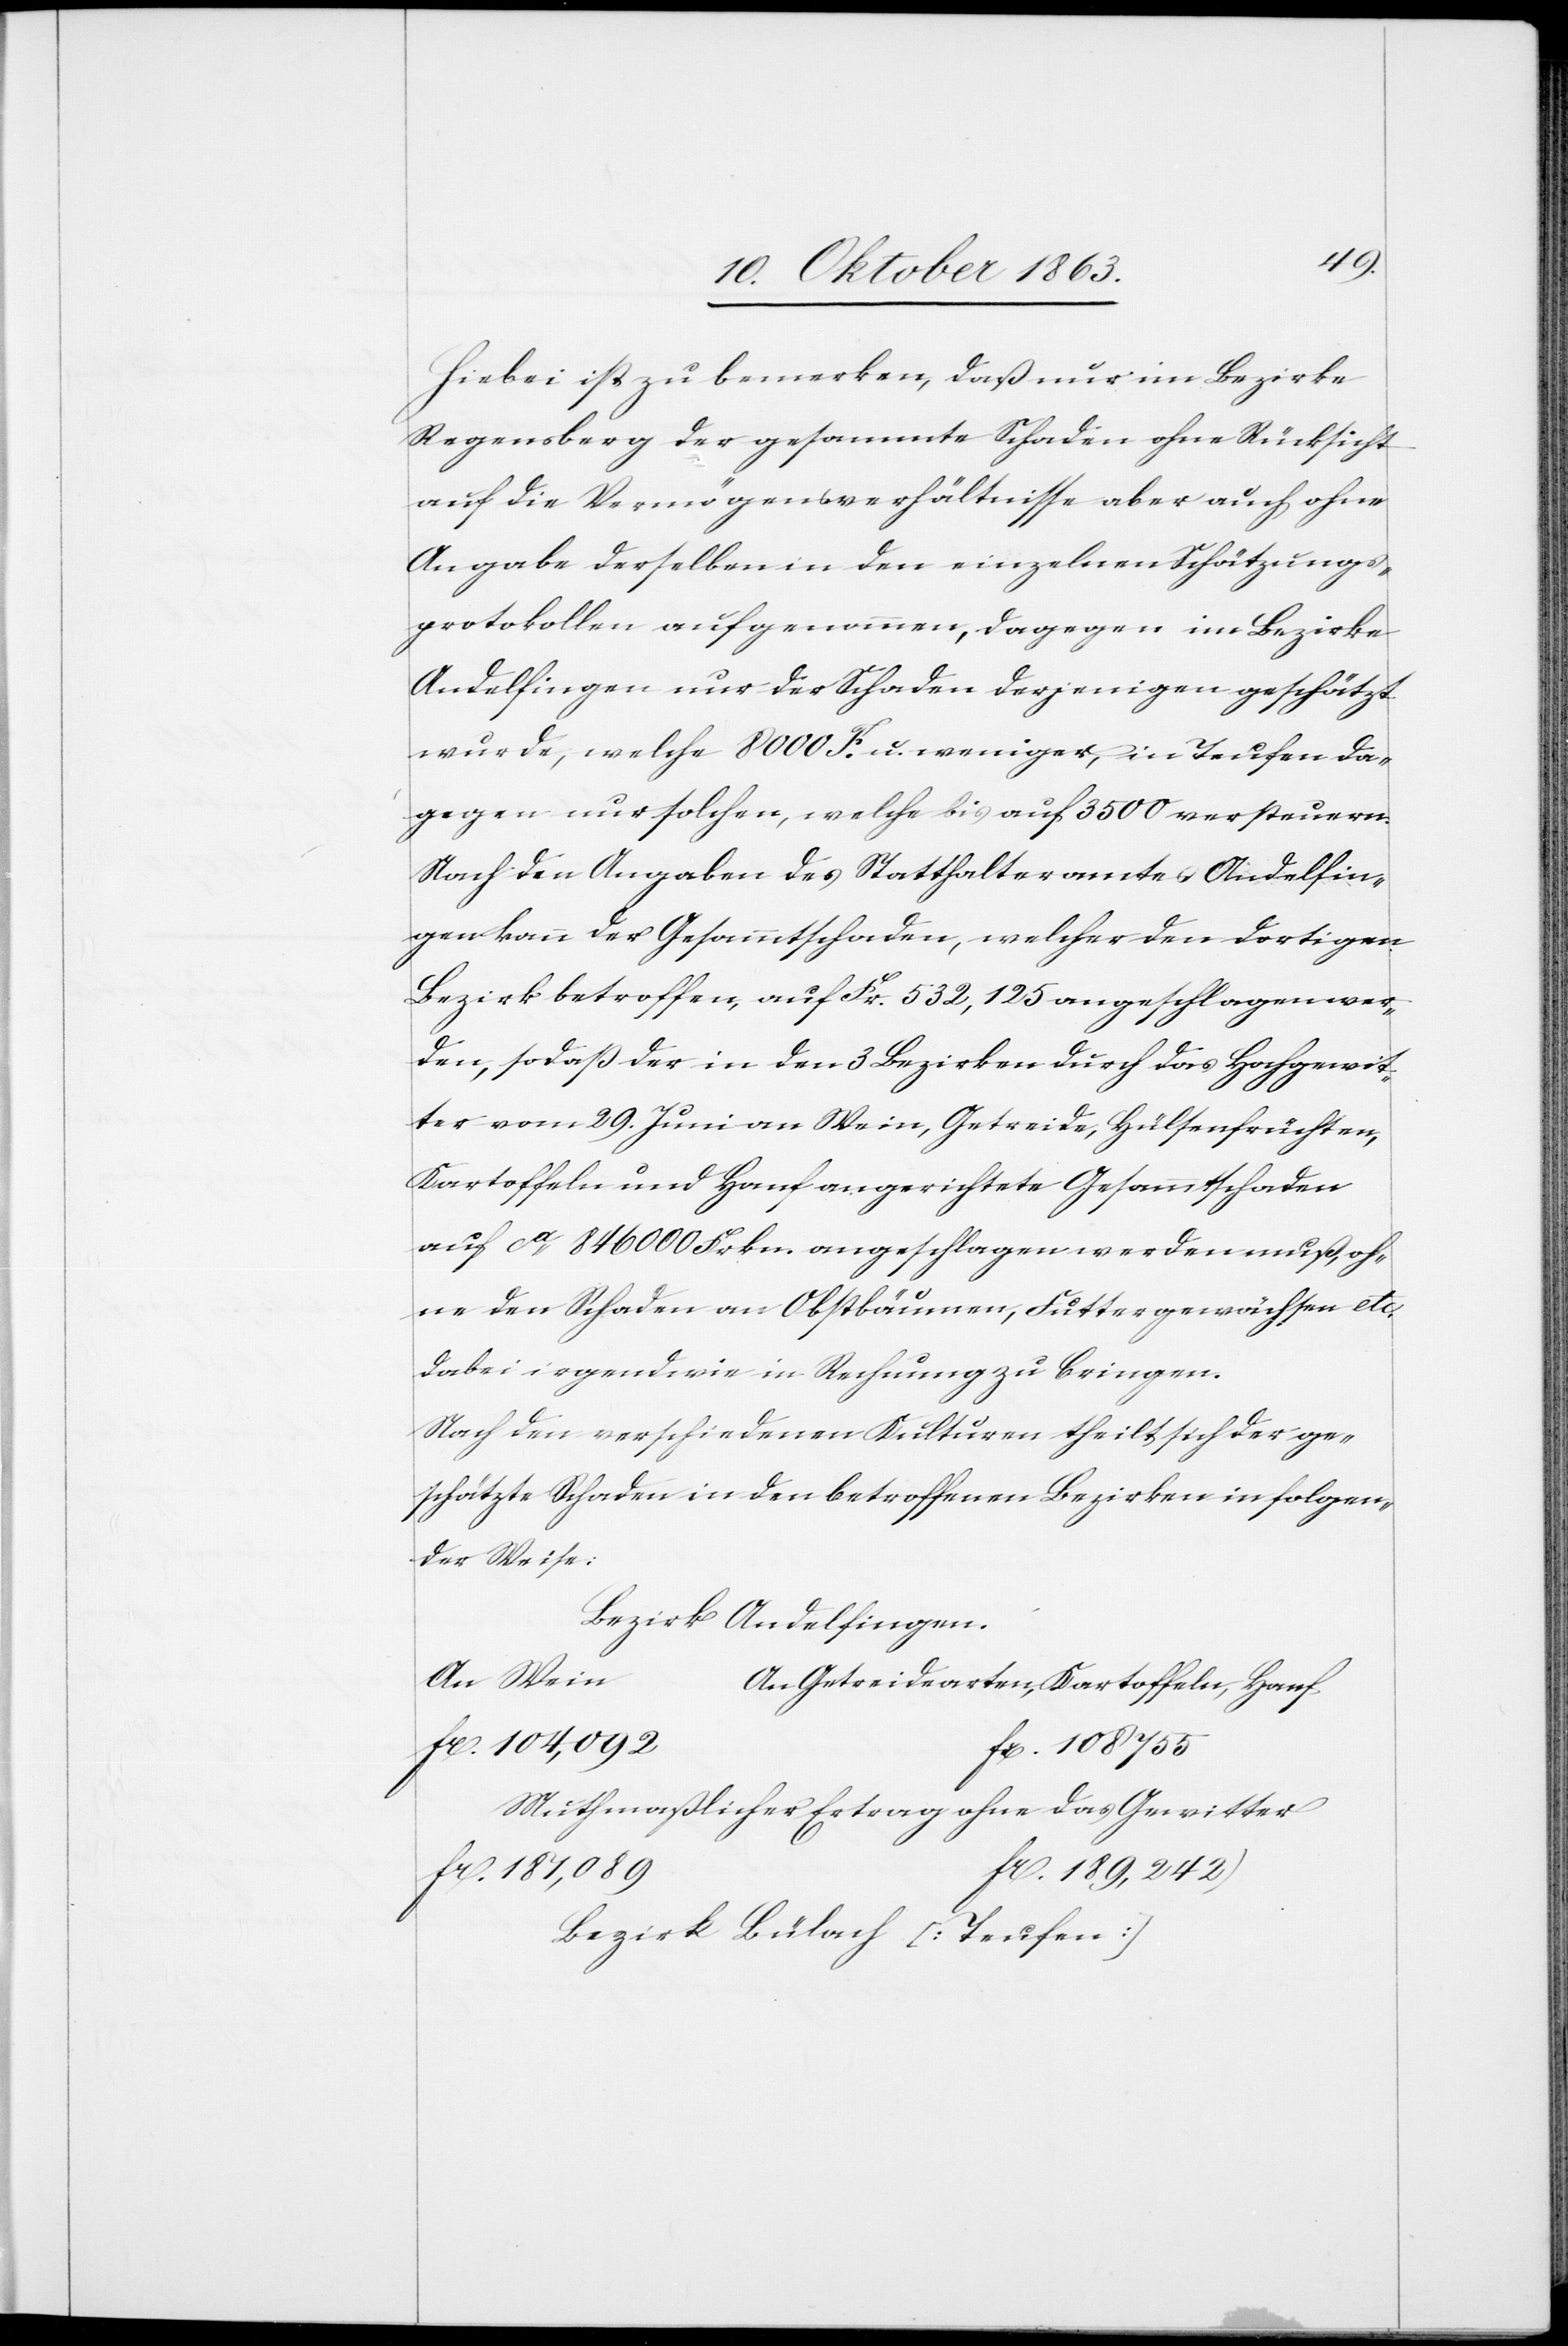
Hiebei ist zu bemerken, daß nur im Bezirke
Regensberg der gesammte Schaden ohne Rücksicht
auf die Vermögensverhältnisse aber auch ohne
Angabe derselben in den einzelnen Schätzungs¬
protokollen aufgenommen, dagegen im Bezirke
Andelfingen nur der Schaden derjenigen geschätzt
wurde, welche 8000 F. u. weniger, in Teufen da¬
gegen nur solchen, welche bis auf 3500 versteuern.
Nach den Angaben des Statthalteramtes Andelfin¬
gen kann der Gesammtschaden, welcher den dortigen
Bezirk betroffen, auf Fr. 532,125 angeschlagen wer¬
den, sodaß der in den 3 Bezirken durch das Hochgewit¬
ter vom 29. Juni an Wein, Getreide, Hülsenfrüchten,
Kartoffeln und Hanf angerichtete Gesammtschaden
auf ca 846 000 Frkn. angeschlagen werden muß, oh¬
ne den Schaden an Obstbäumen, Futtergewächsen etc.
dabei irgendwie in Rechnung zu bringen.
Nach den verschiedenen Kulturen theilt sich der ge¬
schätzte Schaden in den betroffenen Bezirken in folgen¬
der Weise:
Bezirk Andelfingen.
An Wein	A¬
n Getreidearten, Kartoffeln, Hanf
fr. 104,092		f¬
r. 108 755
Muthmaßlicher Ertrag ohne das Gewitter
r. 189,242
fr. 187,089		f¬
Bezirk Bülach [Teufen]